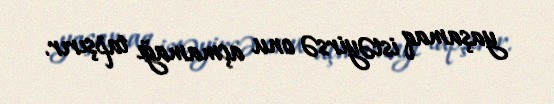
yaşamaq istəyirsə onu açmamağı tapşırır.